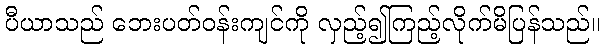
ပီယာသည် ဘေးပတ်ဝန်းကျင်ကို လှည့်၍ကြည့်လိုက်မိပြန်သည်။